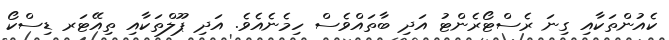
ކެއުންތަކާއި ގިނަ ރެސްޓޯރެންޓު އަދި ބާތައްވެސް ހިމެނެއެވެ. އަދި ޕޫލްތަކާއި ތިއޭޓަރ ޑިސްކޯ